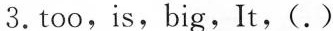
3. too, is, big, It, ( . )